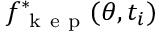
f _ { \mathrm { ~ k ~ e ~ p ~ } } ^ { * } ( \theta , t _ { i } )